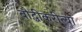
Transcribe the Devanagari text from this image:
बौद्धीकरीत्या